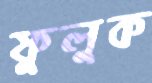
ফুলুক